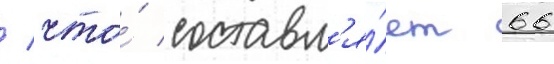
/ что́ составл'я́ет 66